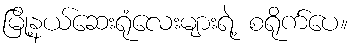
မြို့နယ်ဆေးရုံလေးများရဲ့ စရိုက်ပေ။